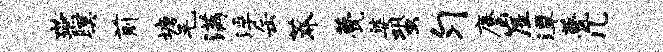
燕暝前塘毛满浮缶莽甍婆蛩匀麈崖潭甍几